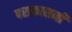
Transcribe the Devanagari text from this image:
पराकासनी